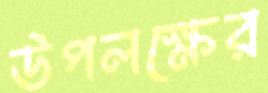
উপলক্ষের